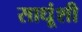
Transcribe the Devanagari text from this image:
साधूंशी